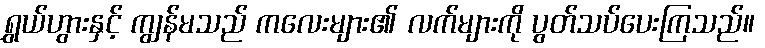
ရွှယ်ဟွားနှင့် ကျွန်မသည် ကလေးများ၏ လက်များကို ပွတ်သပ်ပေးကြသည်။